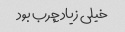
خیلی زیاد چرب بود